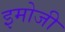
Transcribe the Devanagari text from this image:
इमोजी